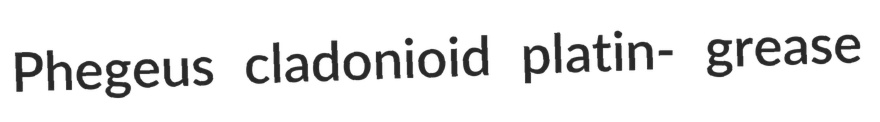
Phegeus cladonioid platin- grease